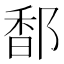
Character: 𮷭